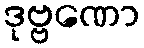
ဒုဗ္ဗဏော